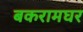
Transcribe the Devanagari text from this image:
बकरामघर